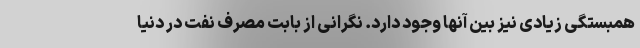
همبستگی زیادی نیز بین آنها وجود دارد. نگرانی از بابت مصرف نفت در دنیا